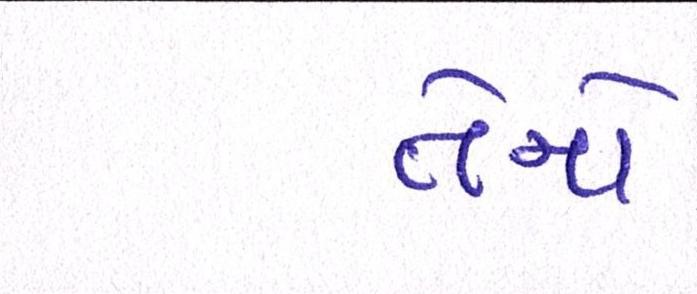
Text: તેનો